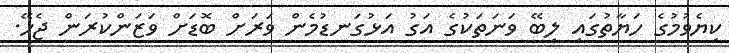
ކިޔެވުމުގެ ހަޔާތުގައި ލިބޭ ވަނަތަކުގެ އަގު އަޅުގަނޑުމެން ވަރަށް ބޮޑަށް ވަޒަންކުރަން ޖެހޭ.